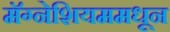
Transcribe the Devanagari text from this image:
मॅग्नेशियममधून